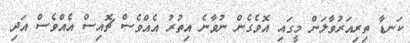
ކަނޑާ ތިރިއަރުވާލަން މީގައި އޮވެގެން ނުވާނެ އިތުރު އެއްވެސް ޗޮއިސް އެއްވެސް އަދި